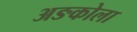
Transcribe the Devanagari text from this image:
अङकोला